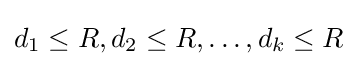
d_{1}\leq R,d_{2}\leq R,\dots ,d_{k}\leq R